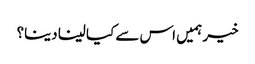
خیر ہمیں اس سے کیا لینا دینا؟